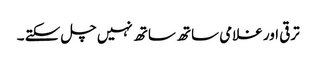
ترقی اور غلامی ساتھ ساتھ نہیں چل سکتے ۔